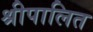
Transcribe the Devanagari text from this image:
श्रीपालित